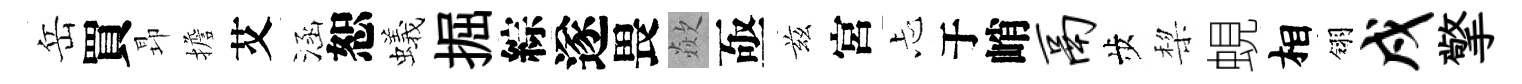
岳買昻擔艾涵恕蟻掘綜遂畏歘亟兹宮忐于峭鬲歩棃蜆相翎戍擎